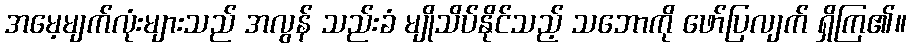
အမေ့မျက်လုံးများသည် အလွန် သည်းခံ မျိုသိပ်နိုင်သည့် သဘောကို ဖော်ပြလျက် ရှိကြ၏။